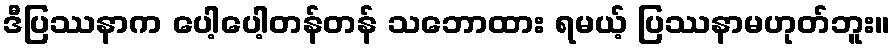
ဒီပြဿနာက ပေါ့ပေါ့တန်တန် သဘောထား ရမယ့် ပြဿနာမဟုတ်ဘူး။